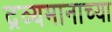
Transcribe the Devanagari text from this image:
द्रव्यमानाच्या